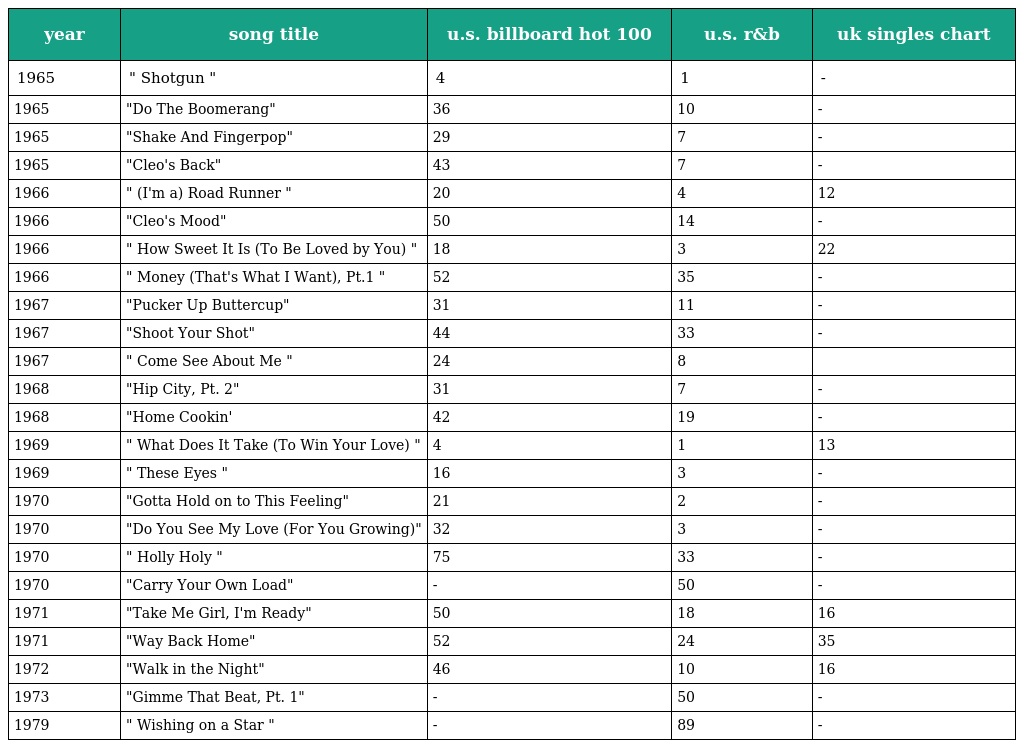
| year | song title | u.s. billboard hot 100 | u.s. r&b | uk singles chart |
 | --- | --- | --- | --- | --- |
 | 1965 | " Shotgun " | 4 | 1 | - |
 | 1965 | "Do The Boomerang" | 36 | 10 | - |
 | 1965 | "Shake And Fingerpop" | 29 | 7 | - |
 | 1965 | "Cleo's Back" | 43 | 7 | - |
 | 1966 | " (I'm a) Road Runner " | 20 | 4 | 12 |
 | 1966 | "Cleo's Mood" | 50 | 14 | - |
 | 1966 | " How Sweet It Is (To Be Loved by You) " | 18 | 3 | 22 |
 | 1966 | " Money (That's What I Want), Pt.1 " | 52 | 35 | - |
 | 1967 | "Pucker Up Buttercup" | 31 | 11 | - |
 | 1967 | "Shoot Your Shot" | 44 | 33 | - |
 | 1967 | " Come See About Me " | 24 | 8 |  |
 | 1968 | "Hip City, Pt. 2" | 31 | 7 | - |
 | 1968 | "Home Cookin' | 42 | 19 | - |
 | 1969 | " What Does It Take (To Win Your Love) " | 4 | 1 | 13 |
 | 1969 | " These Eyes " | 16 | 3 | - |
 | 1970 | "Gotta Hold on to This Feeling" | 21 | 2 | - |
 | 1970 | "Do You See My Love (For You Growing)" | 32 | 3 | - |
 | 1970 | " Holly Holy " | 75 | 33 | - |
 | 1970 | "Carry Your Own Load" | - | 50 | - |
 | 1971 | "Take Me Girl, I'm Ready" | 50 | 18 | 16 |
 | 1971 | "Way Back Home" | 52 | 24 | 35 |
 | 1972 | "Walk in the Night" | 46 | 10 | 16 |
 | 1973 | "Gimme That Beat, Pt. 1" | - | 50 | - |
 | 1979 | " Wishing on a Star " | - | 89 | - |